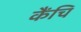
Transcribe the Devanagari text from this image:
कैंचि